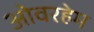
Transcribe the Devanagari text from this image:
ओवरहेम